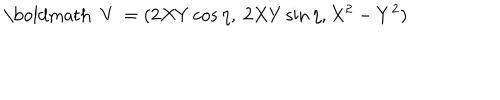
{ \mathrm { \boldmath ~ V ~ } } = ( 2 X Y \cos \eta , \ 2 X Y \sin \eta , X ^ { 2 } - Y ^ { 2 } )